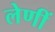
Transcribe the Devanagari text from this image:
लेणीं